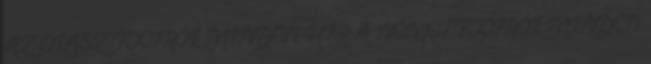
AZ OLASZ FOCIRÓL MINDEN HÍR A NÉMET FOCIRÓL MINDEN